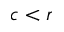
c < r